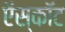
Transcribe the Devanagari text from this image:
ऍस्कॉट